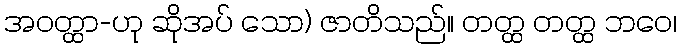
အဝတ္ထာ-ဟု ဆိုအပ် သော) ဇာတိသည်။ တတ္ထ တတ္ထ ဘဝေ၊